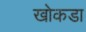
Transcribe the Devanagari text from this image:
खोकडा